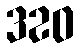
320